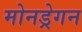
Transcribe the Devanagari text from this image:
मोनड्रेगन